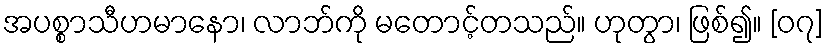
အပစ္စာသီဟမာနော၊ လာဘ်ကို မတောင့်တသည်။ ဟုတွာ၊ ဖြစ်၍။ [၀၇]